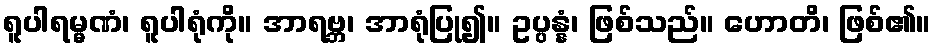
ရူပါရမ္မဏံ၊ ရူပါရုံကို။ အာရဗ္ဘ၊ အာရုံပြု၍။ ဥပ္ပန္နံ၊ ဖြစ်သည်။ ဟောတိ၊ ဖြစ်၏။